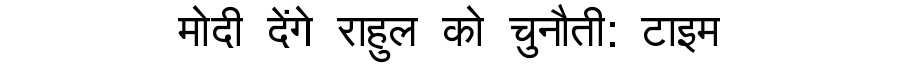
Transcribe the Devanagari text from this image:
मोदी देंगे राहुल को चुनौती: टाइम